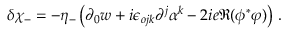
\delta \chi _ { - } = - \eta _ { - } \left( \partial _ { 0 } w + i \epsilon _ { o j k } \partial ^ { j } \alpha ^ { k } - 2 i e \Re ( \phi ^ { * } \varphi ) \right) \, .